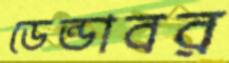
ডেন্ডাবর